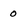
Character: 0